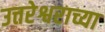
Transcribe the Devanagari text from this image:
उत्तरेश्वराच्या